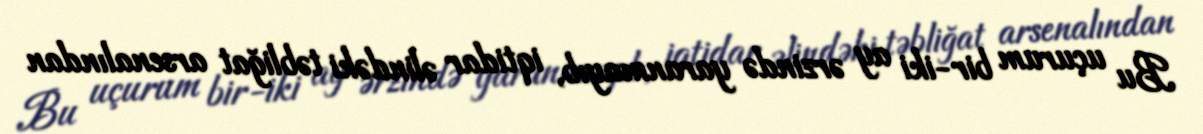
Bu uçurum bir-iki ay ərzində yaranmayıb, iqtidar əlindəki təbliğat arsenalından